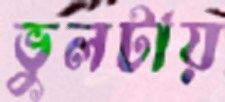
ভুলটায়